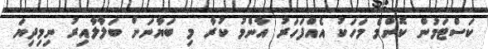
ކަސްޓަމުން ކޮންމެ މަހަކު އެއްފަހަރު އާންމު ކުރާ މި ބަޔާނަށް ބަލާލާއިރު ނިމިދިޔަ